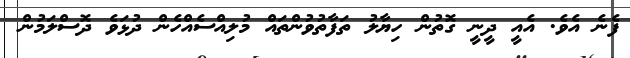
ފެނެ އެވެ. އެއީ ދީނީ ގޮތުން ހިޔާލު ތަފާތުވުންތައް މުލިއްސެއްހެން ދުޅަވެ ދޮސްލަމުން